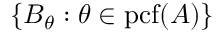
\{ B _ { \theta } : \theta \in \mathrm { { p c f } } ( A ) \}